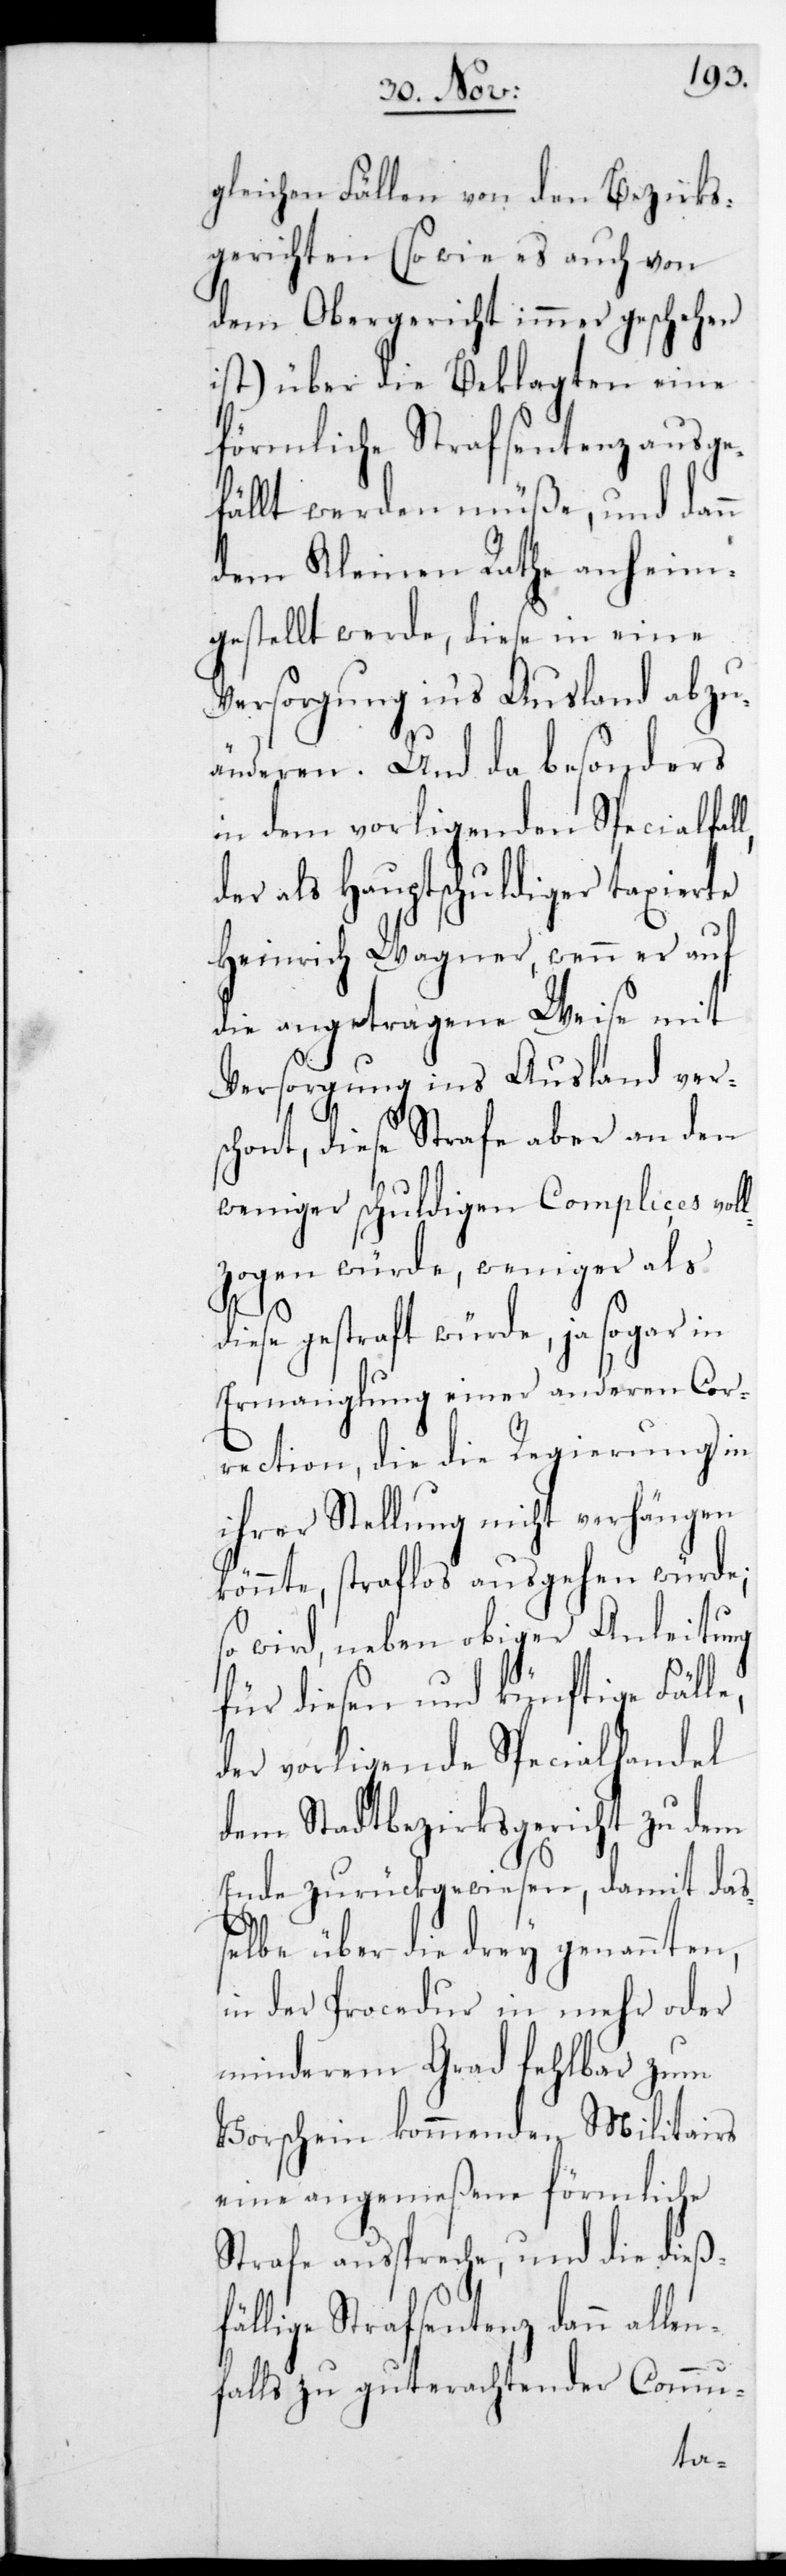
gleichen Fällen von den Bezirks¬
gerichten (so wie es auch von
dem Obergericht immer geschehen
ist) über die Beklagten eine
förmliche Strafsentenz ausge¬
fällt werden müße, und dann
dem Kleinen Rath anheim¬
gestellt werde, diese in eine
Versorgung ins Ausland abzu¬
änderen. Und da besonders
in dem vorliegenden Spezialfall,
der als Hauptschuldiger taxierte
Heinrich Wagner, wenn er auf
die angetragene Weise mit
Versorgung in‘s Ausland vers¬
chont, diese Strafe aber an den
weniger schuldigen Complices vol¬
lzogen würde, weniger als
gestraft würde, ja sogar in
Ermanglung einer anderen Cor¬
rection, die die Regierung in
ihrer Stellung nicht verhängen
könnte, straflos ausgehen würde;
so wird, neben obiger Anleitung
für diesen und künftige Fälle,
der vorliegende Spezialhandel
dem Stadtbezirksgericht zu dem
Ende zurückgewiesen, damit daß¬
elbe, über die drey genannten,
in der Procedur in mehr oder
minderem Grad fehlbar zum
Vorschein kommenden Militars
eine angemeßene förmliche
Strafe ausspreche, und die dieß¬
fällige Strafsentenz dann allen¬
falls zu gut erachtender Commu-